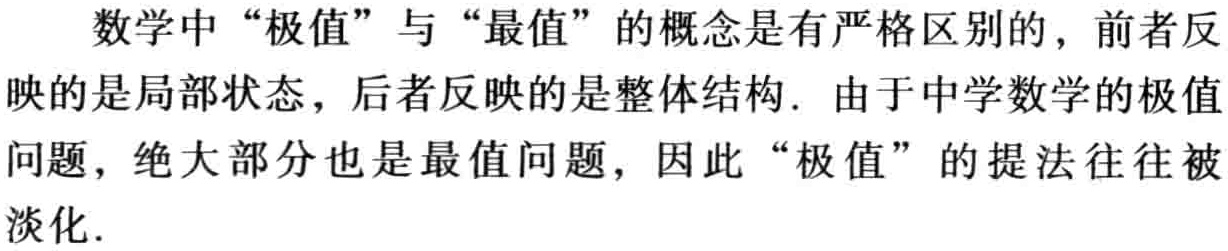
数学中“极值”与“最值”的概念是有严格区别的，前者反映的是局部状态，后者反映的是整体结构. 由于中学数学的极值问题，绝大部分也是最值问题，因此“极值”的提法往往被淡化.